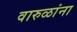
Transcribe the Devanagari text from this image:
वारुळांना